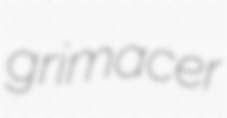
grimacer